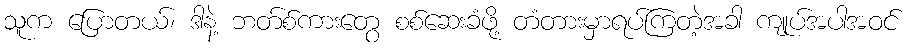
သူက ပြောတယ်၊ ဒါနဲ့ ဘတ်စ်ကားတွေ စစ်ဆေးခံဖို့ တံတားမှာရပ်ကြတဲ့အခါ ကျုပ်အပါအဝင်